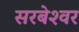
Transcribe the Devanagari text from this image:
सरबेश्‍वर